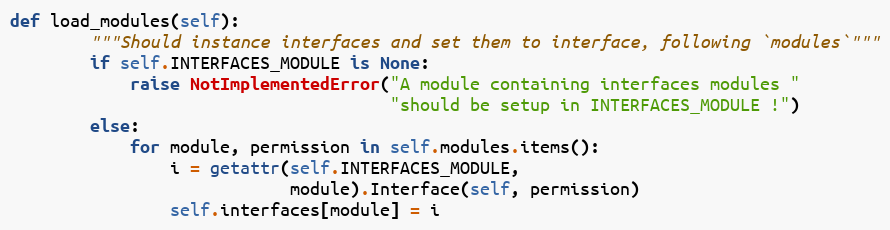
Language: Python
def load_modules(self):
        """Should instance interfaces and set them to interface, following `modules`"""
        if self.INTERFACES_MODULE is None:
            raise NotImplementedError("A module containing interfaces modules "
                                      "should be setup in INTERFACES_MODULE !")
        else:
            for module, permission in self.modules.items():
                i = getattr(self.INTERFACES_MODULE,
                            module).Interface(self, permission)
                self.interfaces[module] = i